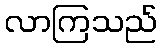
လာကြသည်